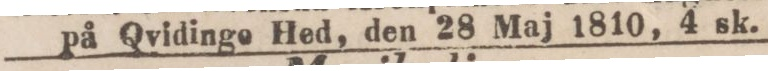
på Qvidinge Hed, den 28 Maj 1810, 4 sk.